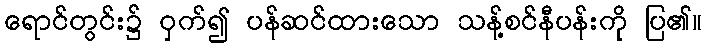
ရောင်တွင်း၌ ဝှက်၍ ပန်ဆင်ထားသော သန့်စင်နီပန်းကို ပြ၏။